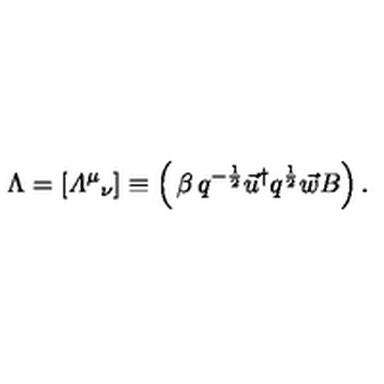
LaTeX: \Lambda = [ { { \mit \Lambda } ^ { \mu } } _ { \nu } ] \equiv \left( \begin{matrix} { \beta } & { q ^ { - \frac 1 2 } \vec { u } ^ { \dagger } } \\ { q ^ { \frac 1 2 } \vec { w } } & { B } \\ \end{matrix} \right) .